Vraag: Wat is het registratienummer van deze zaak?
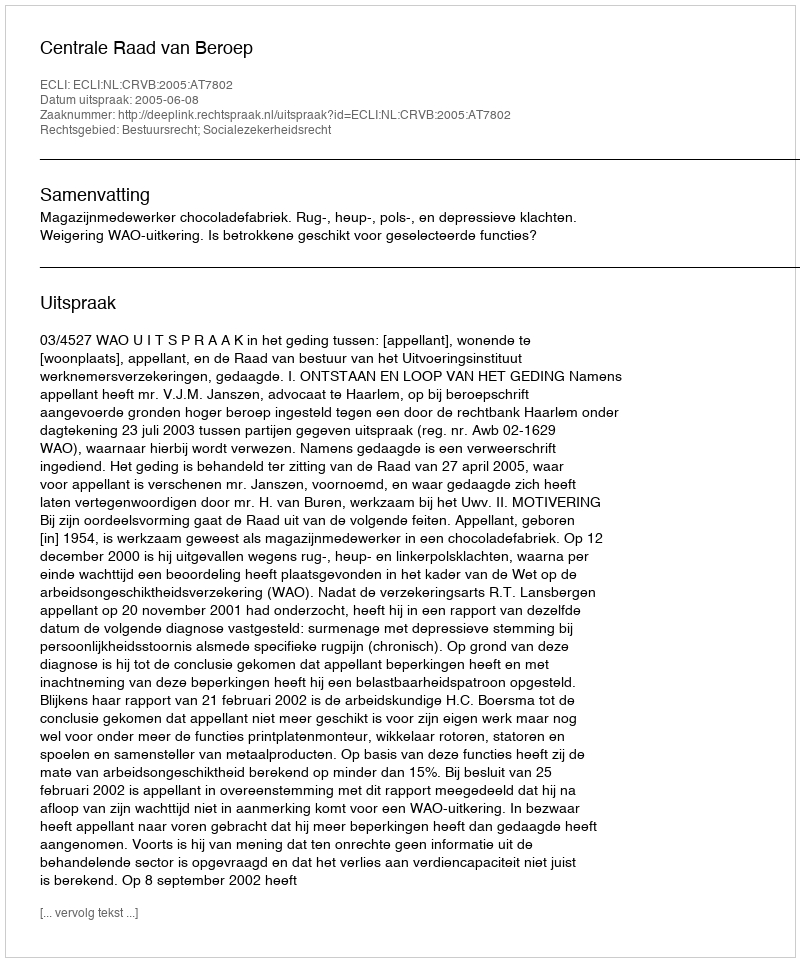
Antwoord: http://deeplink.rechtspraak.nl/uitspraak?id=ECLI:NL:CRVB:2005:AT7802